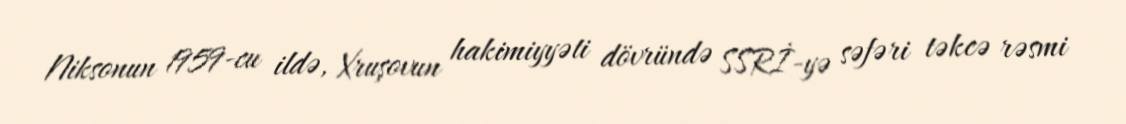
Niksonun 1959-cu ildə, Xruşovun hakimiyyəti dövründə SSRİ-yə səfəri təkcə rəsmi